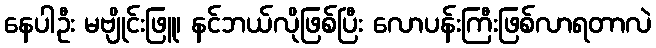
နေပါဦး မဗျိုင်းဖြူ၊ နင်ဘယ်လိုဖြစ်ပြီး လောပန်းကြီးဖြစ်လာရတာလဲ